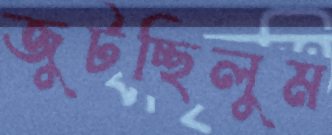
জুটচ্ছিলুম